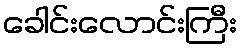
ခေါင်းလောင်းကြီး